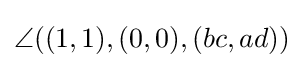
\angle \!\left((1,1),(0,0),(bc,ad)\right)